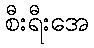
စီးရီးအေ